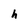
Character: h